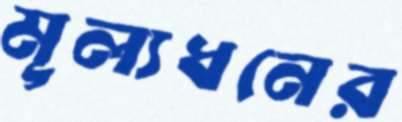
মূল্যধনের